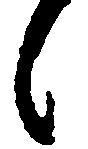
候